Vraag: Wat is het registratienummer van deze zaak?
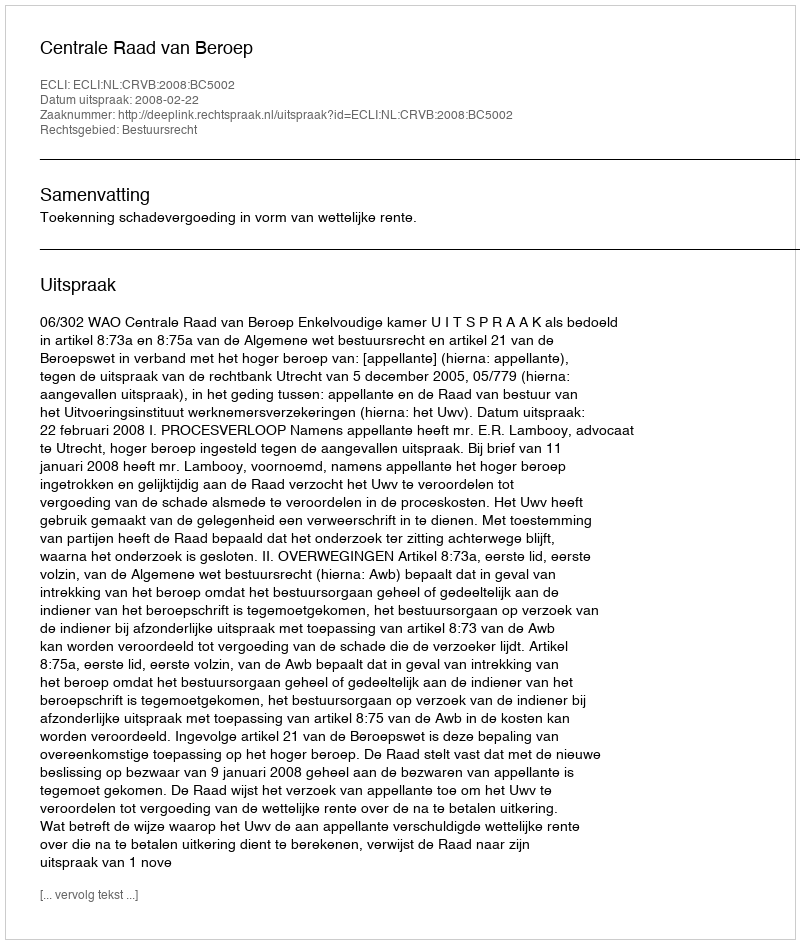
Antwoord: http://deeplink.rechtspraak.nl/uitspraak?id=ECLI:NL:CRVB:2008:BC5002